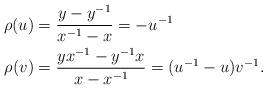
LaTeX: \begin{align*} \rho(u) &= \frac{y-y^{-1}}{x^{-1}-x} = -u^{-1} \\ \rho(v) &= \frac{yx^{-1}-y^{-1}x}{x-x^{-1}} = (u^{-1}-u)v^{-1}.\end{align*}